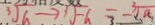
\sqrt [ 3 ] { a } \rightarrow 3 \sqrt { - a } = - \sqrt [ 3 ] { a }